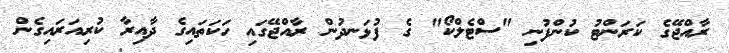
ރާއްޖޭގެ ކަރަންޓު ކުންފުނި "ސްޓެލްކޯ" ގެ ފުޅަނދުން ރާއްޖޭގައި ހަކަތައިގެ ދާއިރާ ކުރިއަރައިގެން